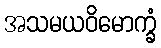
အသမယဝိမောက္ခံ